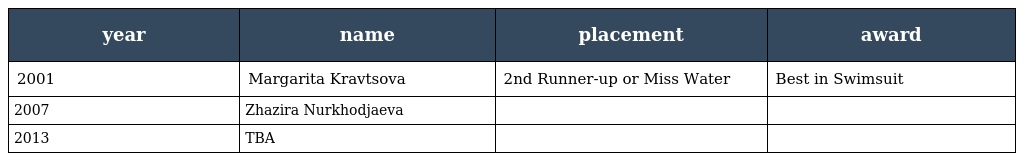
| year | name | placement | award |
 | --- | --- | --- | --- |
 | 2001 | Margarita Kravtsova | 2nd Runner-up or Miss Water | Best in Swimsuit |
 | 2007 | Zhazira Nurkhodjaeva |  |  |
 | 2013 | TBA |  |  |